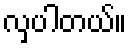
လှပါတယ်။